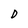
Character: D